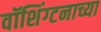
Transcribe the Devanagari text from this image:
वॉशिंग्टनाच्या